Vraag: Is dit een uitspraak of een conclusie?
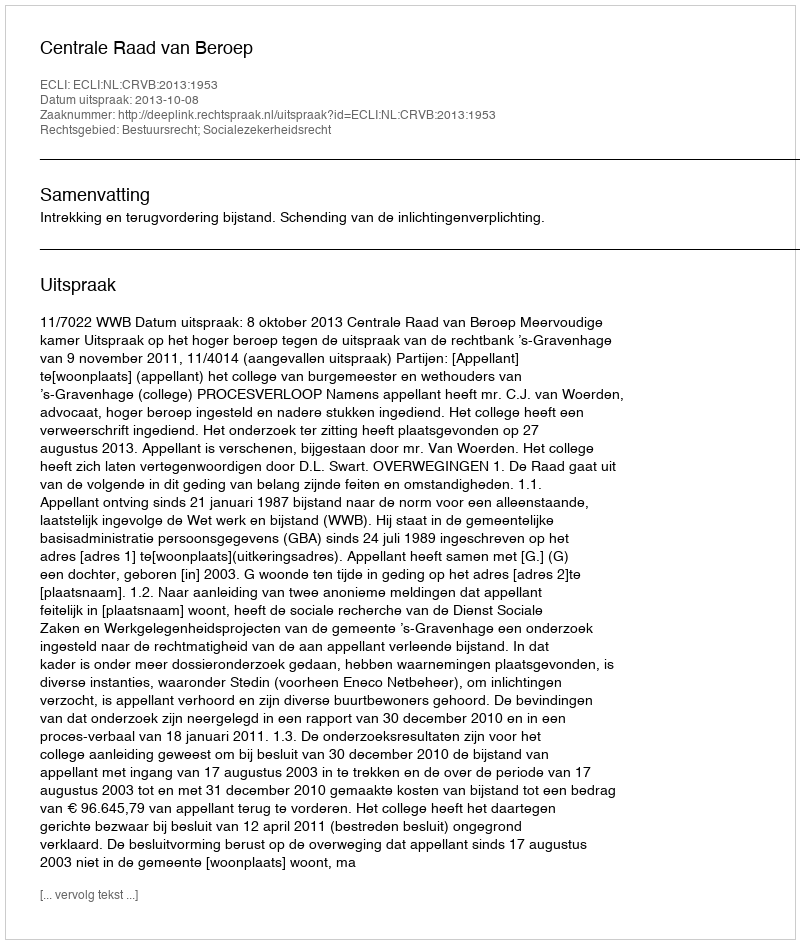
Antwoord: Uitspraak